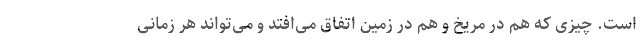
است. چیزی که هم در مریخ و هم در زمین اتفاق می‌افتد و می‌تواند هر زمانی